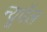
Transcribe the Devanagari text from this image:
न्यूवॅल